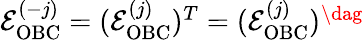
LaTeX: \begin{array}{r}{\mathcal{E}_{\mathrm{OBC}}^{(-j)}=(\mathcal{E}_{\mathrm{OBC}}^{(j)})^{T}=(\mathcal{E}_{\mathrm{OBC}}^{(j)})^{\dag}}\end{array}